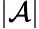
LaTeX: |{\cal{A}}|